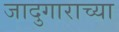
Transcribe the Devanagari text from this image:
जादुगाराच्या